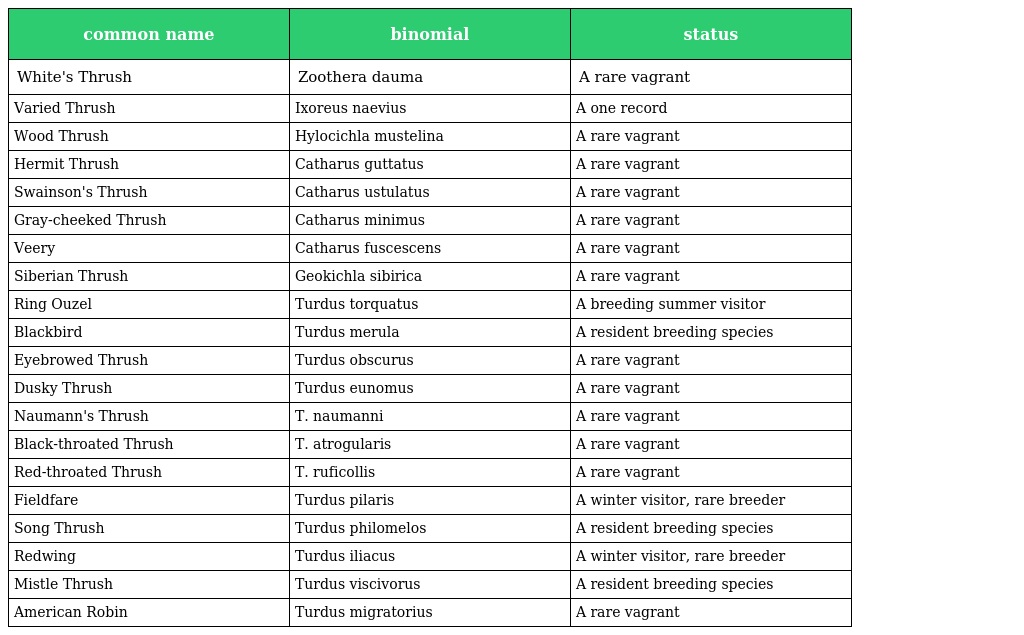
| common name | binomial | status |
 | --- | --- | --- |
 | White's Thrush | Zoothera dauma | A rare vagrant |
 | Varied Thrush | Ixoreus naevius | A one record |
 | Wood Thrush | Hylocichla mustelina | A rare vagrant |
 | Hermit Thrush | Catharus guttatus | A rare vagrant |
 | Swainson's Thrush | Catharus ustulatus | A rare vagrant |
 | Gray-cheeked Thrush | Catharus minimus | A rare vagrant |
 | Veery | Catharus fuscescens | A rare vagrant |
 | Siberian Thrush | Geokichla sibirica | A rare vagrant |
 | Ring Ouzel | Turdus torquatus | A breeding summer visitor |
 | Blackbird | Turdus merula | A resident breeding species |
 | Eyebrowed Thrush | Turdus obscurus | A rare vagrant |
 | Dusky Thrush | Turdus eunomus | A rare vagrant |
 | Naumann's Thrush | T. naumanni | A rare vagrant |
 | Black-throated Thrush | T. atrogularis | A rare vagrant |
 | Red-throated Thrush | T. ruficollis | A rare vagrant |
 | Fieldfare | Turdus pilaris | A winter visitor, rare breeder |
 | Song Thrush | Turdus philomelos | A resident breeding species |
 | Redwing | Turdus iliacus | A winter visitor, rare breeder |
 | Mistle Thrush | Turdus viscivorus | A resident breeding species |
 | American Robin | Turdus migratorius | A rare vagrant |